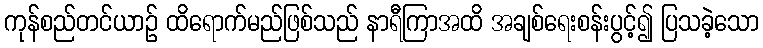
ကုန်စည်တင်ယာဉ် ထိရောက်မည်ဖြစ်သည် နာရီကြာအထိ အချစ်ရေးစန်းပွင့်၍ ပြသခဲ့သော